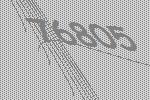
76805